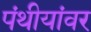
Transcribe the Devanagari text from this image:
पंथीयांवर